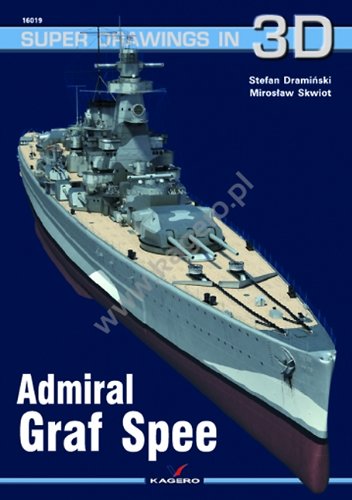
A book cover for Admiral Graf Spee (Super Drawings in 3D); Miroslaw Skwiot; Crafts, Hobbies & Home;